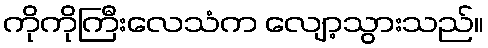
ကိုကိုကြီးလေသံက လျော့သွားသည်။